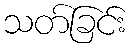
သတ်ခြင်း